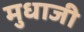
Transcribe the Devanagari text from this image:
मुधाजी